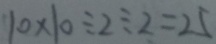
1 0 \times 1 0 \div 2 \div 2 = 2 5